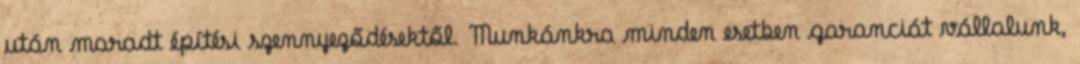
után maradt építési szennyeződésektől. Munkánkra minden esetben garanciát vállalunk,